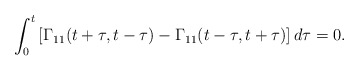
\begin{align*}\int_{0}^{t}\left[\Gamma_{11}(t+\tau,t-\tau)-\Gamma_{11}(t-\tau,t+\tau)\right]d\tau=0.\end{align*}